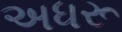
અધરૂ